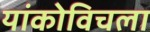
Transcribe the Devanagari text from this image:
यांकोविचला